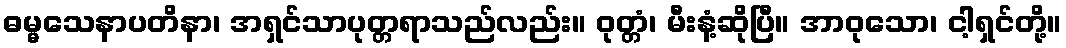
ဓမ္မသေနာပတိနာ၊ အရှင်သာပုတ္တရာသည်လည်း။ ဝုတ္တံ၊ မီးနံ့ဆိုပြီ။ အာဝုသော၊ ငါ့ရှင်တို့။